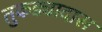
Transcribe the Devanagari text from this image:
तुकड्यादास